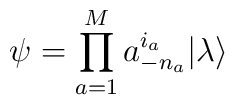
\psi=\prod^M_{a=1}a^{i_a}_{-n_a}|\lambda\rangle